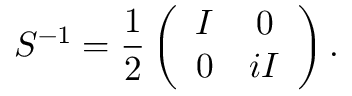
S ^ { - 1 } = \frac { 1 } { 2 } \left( \begin{array} { c c } { { I } } & { { 0 } } \\ { { 0 } } & { { i I } } \end{array} \right) .